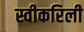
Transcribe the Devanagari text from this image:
स्वीकरिली